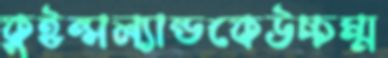
কুইন্সল্যান্ডকেউচ্চম্ম